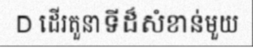
D ដើរតួនាទីដ៏សំខាន់មួយ